Lunatic asylums United Provinces 1899-1908 - 1899-1908
Year: 1899
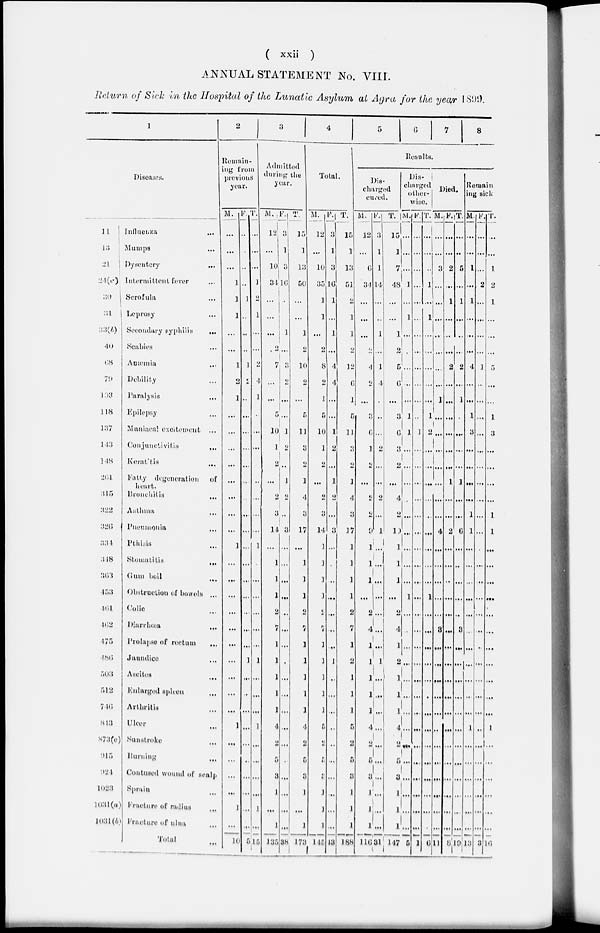
( xxii )
ANNUAL STATEMENT No. VIII.
Return of Sick in the Hospital of the Lunatic Asylum at Agra for the year 1899.
1
Diseases.
11
13
21
24(a)
30
31
33(b)
40
68
79
193
118
137
143
148
261
315
322
326
334
348
363
453
461
162
175
486
503
512
746
843
873(c)
915
924
1023
1031(a)
1031(b)
Influenza ...
Mumps ...
Dysentery
...
Intermittent fever ...
Serofula ...
Leprosy ...
Secondary syphilis
...
Scabies ...
Anæmia ...
Debility ...
Paralysis ...
Epilepsy ...
Maniacal excitement
...
Conjunctivitis
...
Keratitis ...
Fatty degeneration
of
heart.
Bronchitis
...
Asthma ...
Pneumonia ...
Pthisis ...
Stomatitis
...
Gum boil ...
Obstruction of bowels ...
Colic ...
Diarrhœa ...
Prolapse of rectum
...
Jaundice ...
Ascites ...
Enlarged
spleen ...
Arthritis ...
Ulcer
...
Sunstroke ..
Burning
...
Contused wound of sealp
Sprain ...
Fracture
of radius ...
Fracture of ulna ...
Total
...
2
Remain-
ing from
previous
year.
M.
...
...
...
1
1
...
...
...
1
2
1
...
...
...
...
...
...
...
...
1
...
...
...
...
...
...
...
...
...
...
1
...
...
...
...
1
...
10
F.
...
...
...
..
1
...
...
...
1
2
...
...
...
...
...
...
...
...
...
...
...
...
...
...
...
...
...
...
...
...
...
...
...
...
...
...
5
T.
...
...
...
1
2
1
...
...
2
4
1
...
...
...
...
...
...
...
...
1
...
...
...
...
...
1
...
...
...
1
...
...
...
...
1
...
15
3
Admitted
during the
year.
M.
12
...
10
34
...
...
...
2
7
...
...
5
10
1
2
...
2
3
14
...
1
1
1
2
7
1
1
1
1
1
4
2
5
3
1
...
1
135
F.
3
1
3
16
...
...
1
...
3
2
...
...
1
2
...
1
2
....
3
...
...
...
...
...
...
...
...
...
...
...
...
...
...
...
...
...
...
38
T.
15
1
13
50
...
...
1
2
10
2 2
...
5
11
3
2
1
4
3
17
...
1
1
1
2
7
1
1
1
1
1
4
2
5
3
1
...
1
173
4
Total.
M.
12
...
10
35
1
1
...
2
8
2
1
5
10
1
2
...
2
3
14
1
1
1
1
2
7
1
1
1
1
1
5
2
5
3
1
1
1
145
F.
3
1
3
16
1
...
1
...
4
4
...
...
1
2
...
1
2
3
3
...
...
...
...
...
...
...
1
1
...
...
...
...
...
...
...
...
...
43
T.
15
1
13
51
2
1
1
2
12
6
1
5
11
3
2
1
4
...
17
1
1
1
1
2
7
1
2
1
1
1
5
2
5
3
1
1
1
188
5
6
7
8
Results.
Dis-
charged
cured.
M.
12
...
6
34
...
...
...
2
4
2
...
3
6
1
2
...
2
2
9
1
1
1
...
2
4
1
1
1
1
1
4
2
5
3
1
1
1
116
F.
3
1
1
14
...
...
1
...
1
4
...
...
...
2
...
...
2
...
10
...
...
...
...
...
...
...
1
...
...
...
...
...
...
...
...
...
...
31
T.
15
1
7
48
...
...
1
2
5
6
...
3
6
3
2
...
4
2
19
1
1
1
...
2
4
1
2
1
1
1
4
2
5
3
1
1
1
147
Dis-
charged
other-
wise.
M.
...
...
...
1
...
1
...
...
...
...
...
1
1
...
...
...
...
...
...
...
...
...
1
...
...
...
...
...
...
...
...
...
...
...
...
...
...
5
F.
...
...
...
...
...
...
...
...
...
...
...
...
1
...
...
...
...
...
...
...
...
...
...
...
...
...
...
...
...
...
...
...
...
...
...
...
...
1
T.
...
...
...
1
...
1
...
...
...
...
...
1
2
...
...
...
...
...
...
...
...
...
1
...
...
...
...
...
...
...
...
...
...
...
...
...
...
6
Died.
M.
...
...
3
...
...
...
...
...
...
...
1
...
...
...
...
...
...
...
4
...
...
...
...
...
3
...
...
...
...
...
...
...
...
...
...
...
...
11
F.
...
...
2
...
1
...
...
...
2
...
...
...
...
...
...
1
...
...
2
...
...
...
...
...
...
...
...
...
...
...
...
...
...
...
...
...
...
8
T.
...
...
5
...
1
...
...
...
2
...
1
...
...
...
...
1
...
...
6
...
...
...
...
...
3
...
...
...
...
...
...
...
...
...
...
...
...
19
Remain
ing sick
M.
...
...
1
...
1
...
...
...
4
...
...
1
3
...
...
...
...
1
1
...
...
...
...
...
...
...
...
...
...
...
1
...
...
...
...
...
...
13
F.
...
...
...
2
...
...
...
...
1
...
...
...
...
...
...
...
...
...
...
...
...
...
...
...
...
...
...
...
...
...
...
...
...
...
...
...
...
3
T.
...
...
1
2
1
...
...
...
5
...
1
3
...
...
...
...
1
1
...
...
...
...
...
...
...
...
...
...
...
1
...
...
...
...
...
...
16